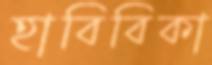
হাবিবিকা